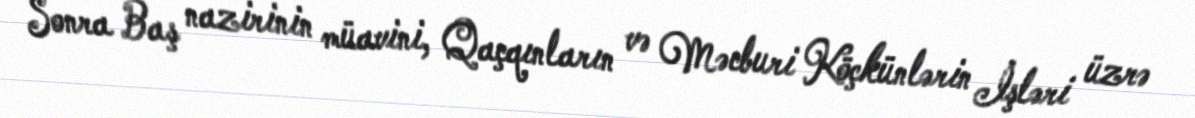
Sonra Baş nazirinin müavini, Qaçqınların və Məcburi Köçkünlərin İşləri üzrə